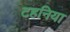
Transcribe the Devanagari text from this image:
टहनिया